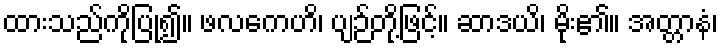
ထားသည်ကိုပြု၍။ ဖလကေဟိ၊ ပျဉ်တို့ဖြင့်။ ဆာဒယိ၊ မိုး၏။ အတ္တာနံ၊